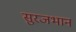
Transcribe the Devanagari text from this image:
सुरजभान